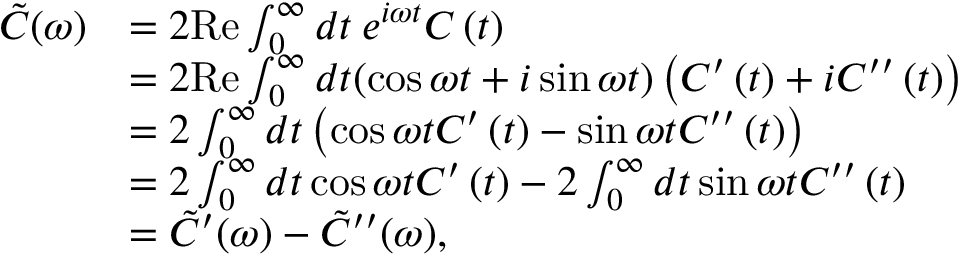
\begin{array} { r l } { \tilde { C } ( \omega ) } & { = 2 \mathrm { R e } \int _ { 0 } ^ { \infty } d t \: e ^ { i \omega t } C \left( t \right) } \\ & { = 2 \mathrm { R e } \int _ { 0 } ^ { \infty } d t ( \cos \omega t + i \sin \omega t ) \left( C ^ { \prime } \left( t \right) + i C ^ { \prime \prime } \left( t \right) \right) } \\ & { = 2 \int _ { 0 } ^ { \infty } d t \left( \cos \omega t C ^ { \prime } \left( t \right) - \sin \omega t C ^ { \prime \prime } \left( t \right) \right) } \\ & { = 2 \int _ { 0 } ^ { \infty } d t \cos \omega t C ^ { \prime } \left( t \right) - 2 \int _ { 0 } ^ { \infty } d t \sin \omega t C ^ { \prime \prime } \left( t \right) } \\ & { = \tilde { C } ^ { \prime } ( \omega ) - \tilde { C } ^ { \prime \prime } ( \omega ) , } \end{array}